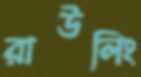
রাউলিং